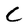
Character: C